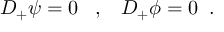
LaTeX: D _ { + } \psi = 0 \; \; \; , \; \; \; D _ { + } \phi = 0 \; \; .